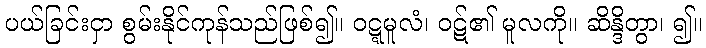
ပယ်ခြင်းငှာ စွမ်းနိုင်ကုန်သည်ဖြစ်၍။ ဝဋ္ဋမူလံ၊ ဝဋ်၏ မူလကို။ ဆိန္ဒိတွာ၊ ၍။